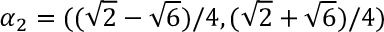
\boldsymbol { \alpha } _ { 2 } = ( ( \sqrt { 2 } - \sqrt { 6 } ) / 4 , ( \sqrt { 2 } + \sqrt { 6 } ) / 4 )